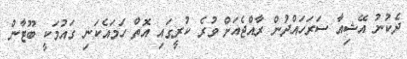
ދެކުނު އޭޝިއާ ސަރަހައްދުން ރާއްޖެއަށް ވުރެ ކުރީގައި އޮތް ހަމައެކަނި ގައުމަކީ ބޫޓާން